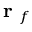
\mathrm { ~ \bf ~ r ~ } _ { f }